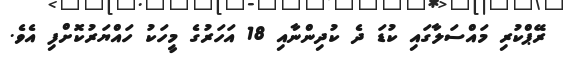
ރޭޕްކުރި މައްސަލާގައި ކުޑަ ދެ ކުދިންނާއި 18 އަހަރުގެ މީހަކު ހައްޔަރުކޮށްފި އެވެ.